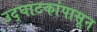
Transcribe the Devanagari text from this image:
उद्‌घाटकांपासून